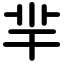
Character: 羋